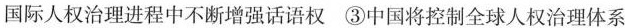
国际人权治理进程中不断增强话语权 ③中国将控制全球人权治理体系